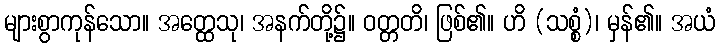
များစွာကုန်သော။ အတ္ထေသု၊ အနက်တို့၌။ ဝတ္တတိ၊ ဖြစ်၏။ ဟိ (သစ္စံ)၊ မှန်၏။ အယံ